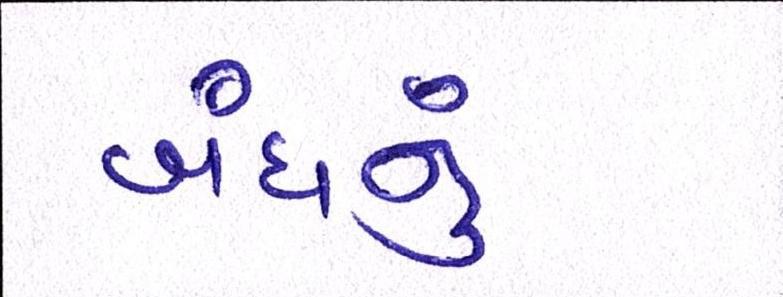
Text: બંધનું